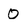
Character: 0